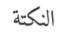
النكتة